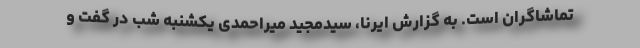
تماشاگران است. به گزارش ایرنا، سیدمجید میراحمدی یکشنبه شب در گفت و